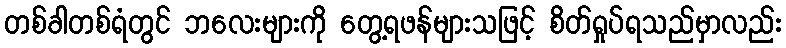
တစ်ခါတစ်ရံတွင် ဘလေးများကို တွေ့ရဖန်များသဖြင့် စိတ်ရှုပ်ရသည်မှာလည်း